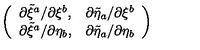
\left( \begin{array} { c c } { \partial \tilde { \xi } ^ { a } / \partial \xi ^ { b } , } & { \partial \tilde { \eta } _ { a } / \partial \xi ^ { b } } \\ { \partial \tilde { \xi } ^ { a } / \partial \eta _ { b } , } & { \partial \tilde { \eta } _ { a } / \partial \eta _ { b } } \\ \end{array} \right)